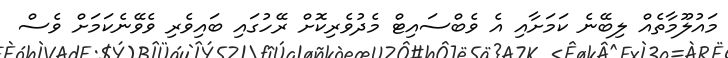
މައުލޫމާތެއް ލިބޭނެ ކަމަށާއި އެ ވެބްސައިޓް މެދުވެރިކޮށް ރޭހުގައި ބައިވެރި ވެވޭނެކަމަށް ވެސް